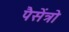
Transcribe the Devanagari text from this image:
पैसेंत्रो